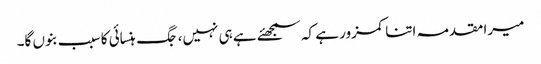
میرا مقدمہ اتنا کمزور ہے کہ سمجھئے ہے ہی نہیں، جگ ہنسائی کا سبب بنوں گا۔